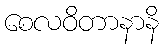
စေလဝိတာနာနိ